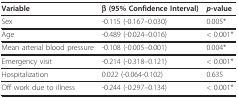
| Variable | β (95% Confidence Interval) | p-value |
 | --- | --- | --- |
 | Sex | -0.115 (-0.167--0.030) | 0.005* |
 | Age | -0.489 (-0.024--0.016) | < 0.001* |
 | Mean arterial blood pressure | -0.108 (-0.005--0.001) | 0.004* |
 | Emergency visit | -0.214 (-0.318--0.121) | < 0.001* |
 | Hospitalization | 0.022 (-0.064-0.102) | 0.635 |
 | Off work due to illness | -0.244 (-0.297--0.134) | < 0.001* |